Report on lock hospitals in British Burma
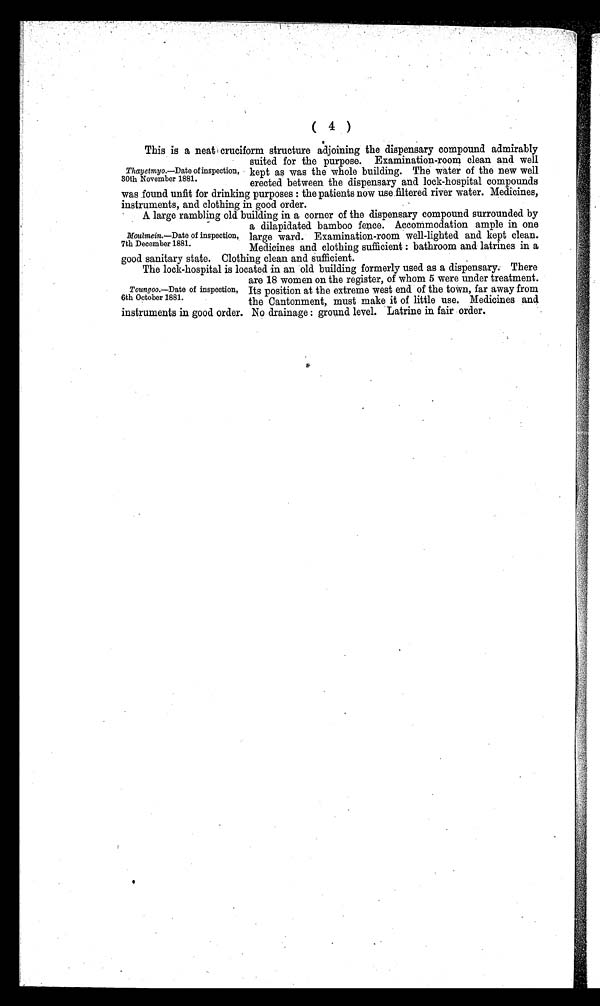
( 4 )
This is a neat cruciform structure adjoining the dispensary compound admirably
suited for the purpose. Examination-room clean and well
kept as was the whole building. The water of the new well
erected between the dispensary and lock-hospital compounds
was found unfit for drinking purposes : the patients now use filtered river water. Medicines,
instruments, and clothing in good order.
A large rambling old building in a corner of the dispensary compound surrounded by
a dilapidated bamboo fence. Accommodation ample in one
large ward. Examination-room well-lighted and kept clean.
Medicines and clothing sufficient : bathroom and latrines in a
good sanitary state. Clothing clean and sufficient.
The lock-hospital is located in an old building formerly used as a dispensary. There
are 18 women on the register, of whom 5 were under treatment.
Its position at the extreme west end of the town, far away from
the Cantonment, must make it of little use. Medicines and
instruments in good order. No drainage : ground level. Latrine in fair order.
Thayetmyo.—Date of inspection,
30th November 1881.
Moulmein.—Date of inspection,
7th December 1881.
Toungoo.—Date of inspection,
6th October 1881.